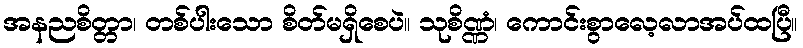
အနညစိတ္တာ၊ တစ်ပါးသော စိတ်မရှိစေပဲ။ သုစိဏ္ဏံ၊ ကောင်းစွာလေ့လာအပ်ထပြီ။